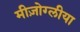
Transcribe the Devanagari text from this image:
मीज़ोग्लीया